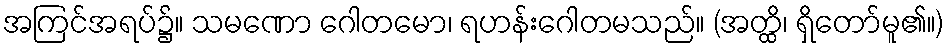
အကြင်အရပ်၌။ သမဏော ဂေါတမော၊ ရဟန်းဂေါတမသည်။ (အတ္ထိ၊ ရှိတော်မူ၏။)